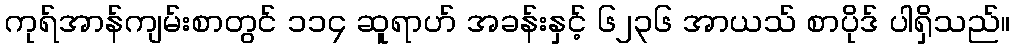
ကုရ်အာန်ကျမ်းစာတွင် ၁၁၄ ဆူရာဟ် အခန်းနှင့် ၆၂၃၆ အာယသ် စာပိုဒ် ပါရှိသည်။